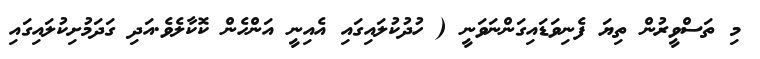
މި ތަސްވީރުން ތިޔަ ފެނިވަޑައިގަންނަވަނީ ( ހުދުކުލައިގައި އެއިނީ އަންހެން ކޮކާލެވެ.އަދި ގަދަމުށިކުލައިގައި